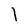
Character: 1